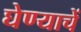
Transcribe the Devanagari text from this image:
घेण्याचें